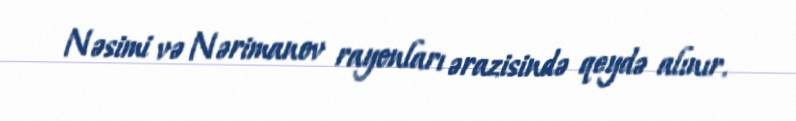
Nəsimi və Nərimanov rayonları ərazisində qeydə alınır.